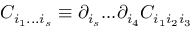
C _ { i _ { 1 } . . . i _ { s } } \equiv \partial _ { i _ { s } } . . . \partial _ { i _ { 4 } } C _ { i _ { 1 } i _ { 2 } i _ { 3 } }